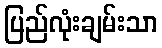
ပြည်လုံးချမ်းသာ